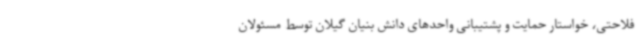
فلاحتی، خواستار حمایت و پشتیبانی واحدهای دانش بنیان گیلان توسط مسئولان